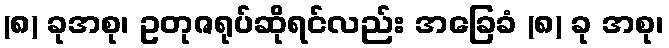
(၈) ခုအစု၊ ဥတုဇရုပ်ဆိုရင်လည်း အခြေခံ (၈) ခု အစု၊